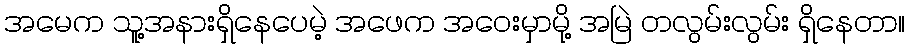
အမေက သူ့အနားရှိနေပေမဲ့ အဖေက အဝေးမှာမို့ အမြဲ တလွမ်းလွမ်း ရှိနေတာ။